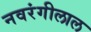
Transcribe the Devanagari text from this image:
नवरंगीलाल